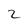
Character: 2